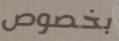
بخصوص